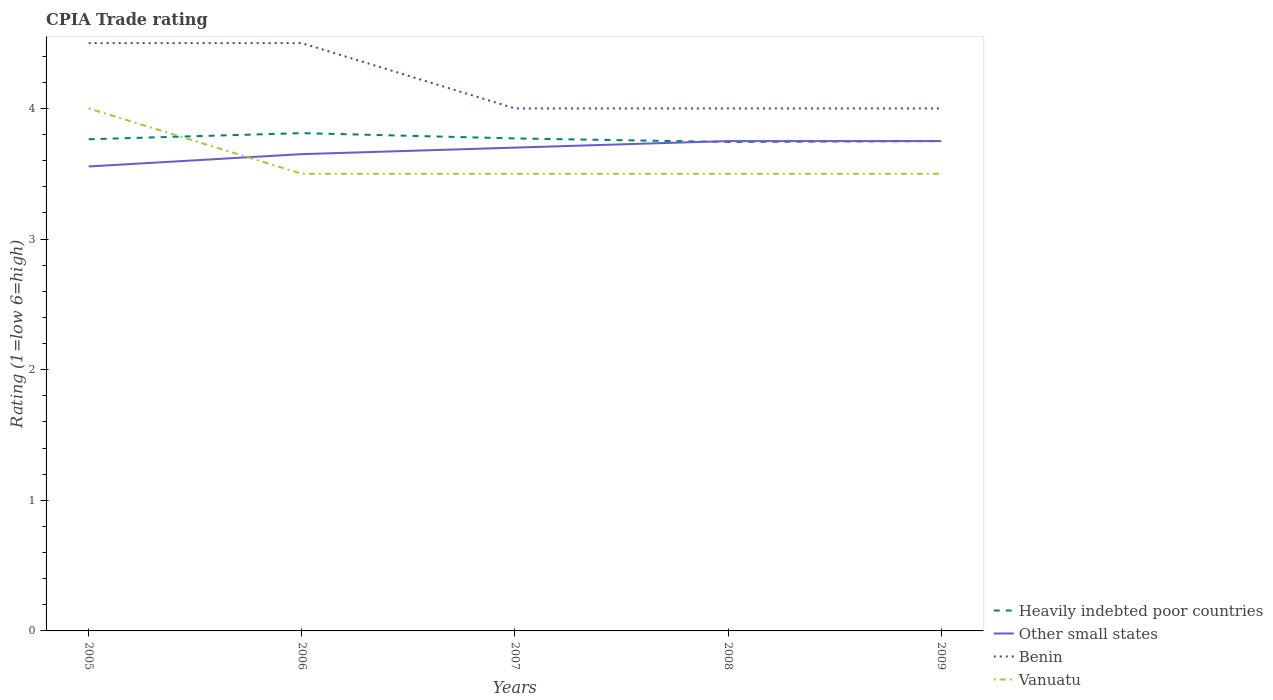
| Years | Heavily indebted poor countries | Other small states | Benin | Vanuatu |
 | --- | --- | --- | --- | --- |
 | 2005 | 3.76 | 3.56 | 4.5 | 4 |
 | 2006 | 3.81 | 3.65 | 4.5 | 3.5 |
 | 2007 | 3.77 | 3.7 | 4 | 3.5 |
 | 2008 | 3.74 | 3.75 | 4 | 3.5 |
 | 2009 | 3.75 | 3.75 | 4 | 3.5 |